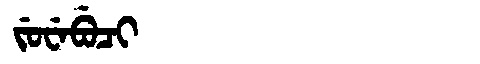
Manchu: ᠵᡠᠸᡝᠪᡠᠴᡳ
Romanization: JUWEBUCI